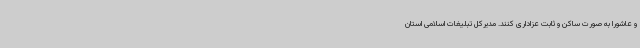
و عاشورا به صورت ساکن و ثابت عزاداری کنند. مدیرکل تبلیغات اسلامی استان